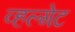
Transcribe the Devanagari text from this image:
व्हल्गेट